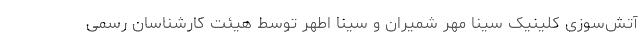
آتش‌سوزی کلینیک سینا مهر شمیران و سینا اطهر توسط هیئت کارشناسان رسمی